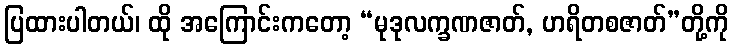
ပြထားပါတယ်၊ ထို အကြောင်းကတော့ “မုဒုလက္ခဏဇာတ်, ဟရိတစဇာတ်”တို့ကို